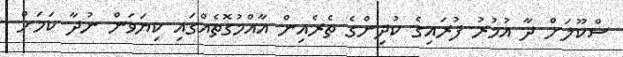
ސްކޫލަށް ދާ އުމުރު ފުރައިގެ ކުދިންގެ ތެރެއިން އާއްމުގޮތެއްގައި ކިޔަވަން ނުދާ ކަމަށް